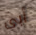
أبى